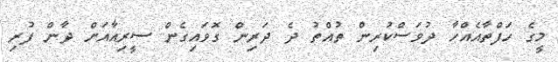
މީގެ ހަފްތާއެއްހާ ދުވަސްކުރިން ތުއްތު ދެ ދަރިން ގޮވައިގެން ސީރިއާއަށް ދާން ފުރި